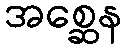
အစ္ဆေန